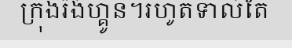
ក្រុងរ៉ង់ហ្គូន។រហូតទាល់តែ